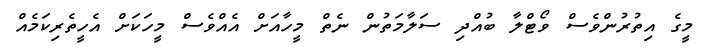
މީގެ އިތުރުންވެސް ވޯޓްލާ ބުއްދި ސަލާމަތުން ނެތް މީހާއަށް އެއްވެސް މީހަކަށް އެހީތެރިކަމެއް